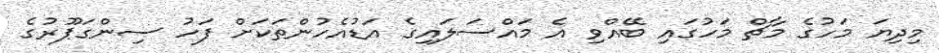
މިިދިޔަ މަހުގެ މާޗް މަހުގައި ބޭއްވި އެ މައްސަލައިގެ އަޑުއެހުންތަކަށް ފަހު ސިންގަޕޫރުގެ